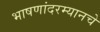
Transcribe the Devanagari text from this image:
भाषणांदरम्यानचे